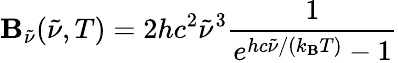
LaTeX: \mathbf{B}_{\tilde{{\nu}}}({\tilde{{\nu}}},T)=2hc^{2}{\tilde{{\nu}}}^{3}{\frac{{1}}{{e^{hc{\tilde{{\nu}}}/(k_{\mathrm{{\mathbf{B}}}}T)}-1}}}